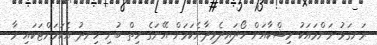
ރަނގަޅު މަންމައަކު މިޝްކާއަށް ހޯދައިދެވިދާނެކަމަށް އޭނަގެ ހިތް ބުނި ހިނދު އެކަމަށްޓަކައި މާ